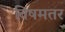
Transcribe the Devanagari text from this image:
विषमतर